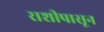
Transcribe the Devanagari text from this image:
राशीपासून